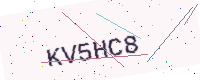
Text: KV5HC8